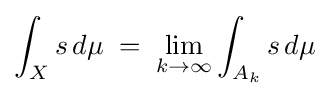
\int _{X}s\,d\mu \;=\;\lim _{k\to \infty }\int _{A_{k}}s\,d\mu